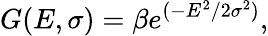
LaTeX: G(E,\sigma)=\beta e^{(-E^{2}/2\sigma^{2})},